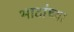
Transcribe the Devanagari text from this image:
भाटांच्या